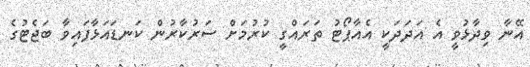
އޭނާ ވިދާޅުވީ އެ އަދަދަކީ އެއާޕޯޓު ތަރައްގީ ކުރުމަށް ސަރުކާރުން ކަނޑައަޅާފައިވާ ބަޖެޓުގެ